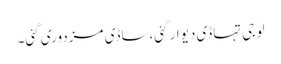
لو جی تہاڈی دیوار گئی،ساڈی مزدوری گئی۔